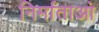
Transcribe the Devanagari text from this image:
निर्माताआं